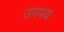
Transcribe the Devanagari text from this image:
उपपय